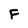
Character: F